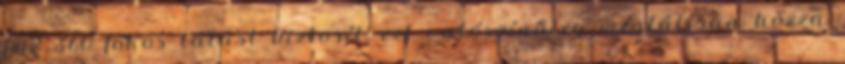
feje 360 fokos látást biztosít, ezt valószínűleg mentálisan hozza